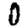
Digit: 0